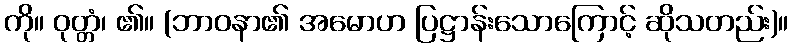
ကို။ ဝုတ္တံ၊ ၏။ (ဘာဝနာ၏ အမောဟ ပြဋ္ဌာန်းသောကြောင့် ဆိုသတည်း)။